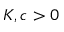
K , c > 0